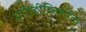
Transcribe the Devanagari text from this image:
प्रतिदीप्तिशील